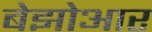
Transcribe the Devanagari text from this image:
बेझोआर